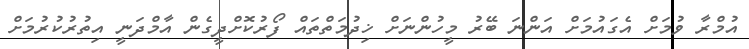
އުމްރާ ވުމަށް އެގައުމަށް އަންނަ ބޭރު މީހުންނަށް ޚިދުމަތްތައް ފޯރުކޮށްދީގެން އާމްދަނީ އިތުރުކުރުމަށް